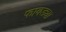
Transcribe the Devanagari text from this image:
फावड्या